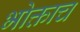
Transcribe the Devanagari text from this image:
भोक्ताच